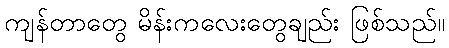
ကျန်တာတွေ မိန်းကလေးတွေချည်း ဖြစ်သည်။